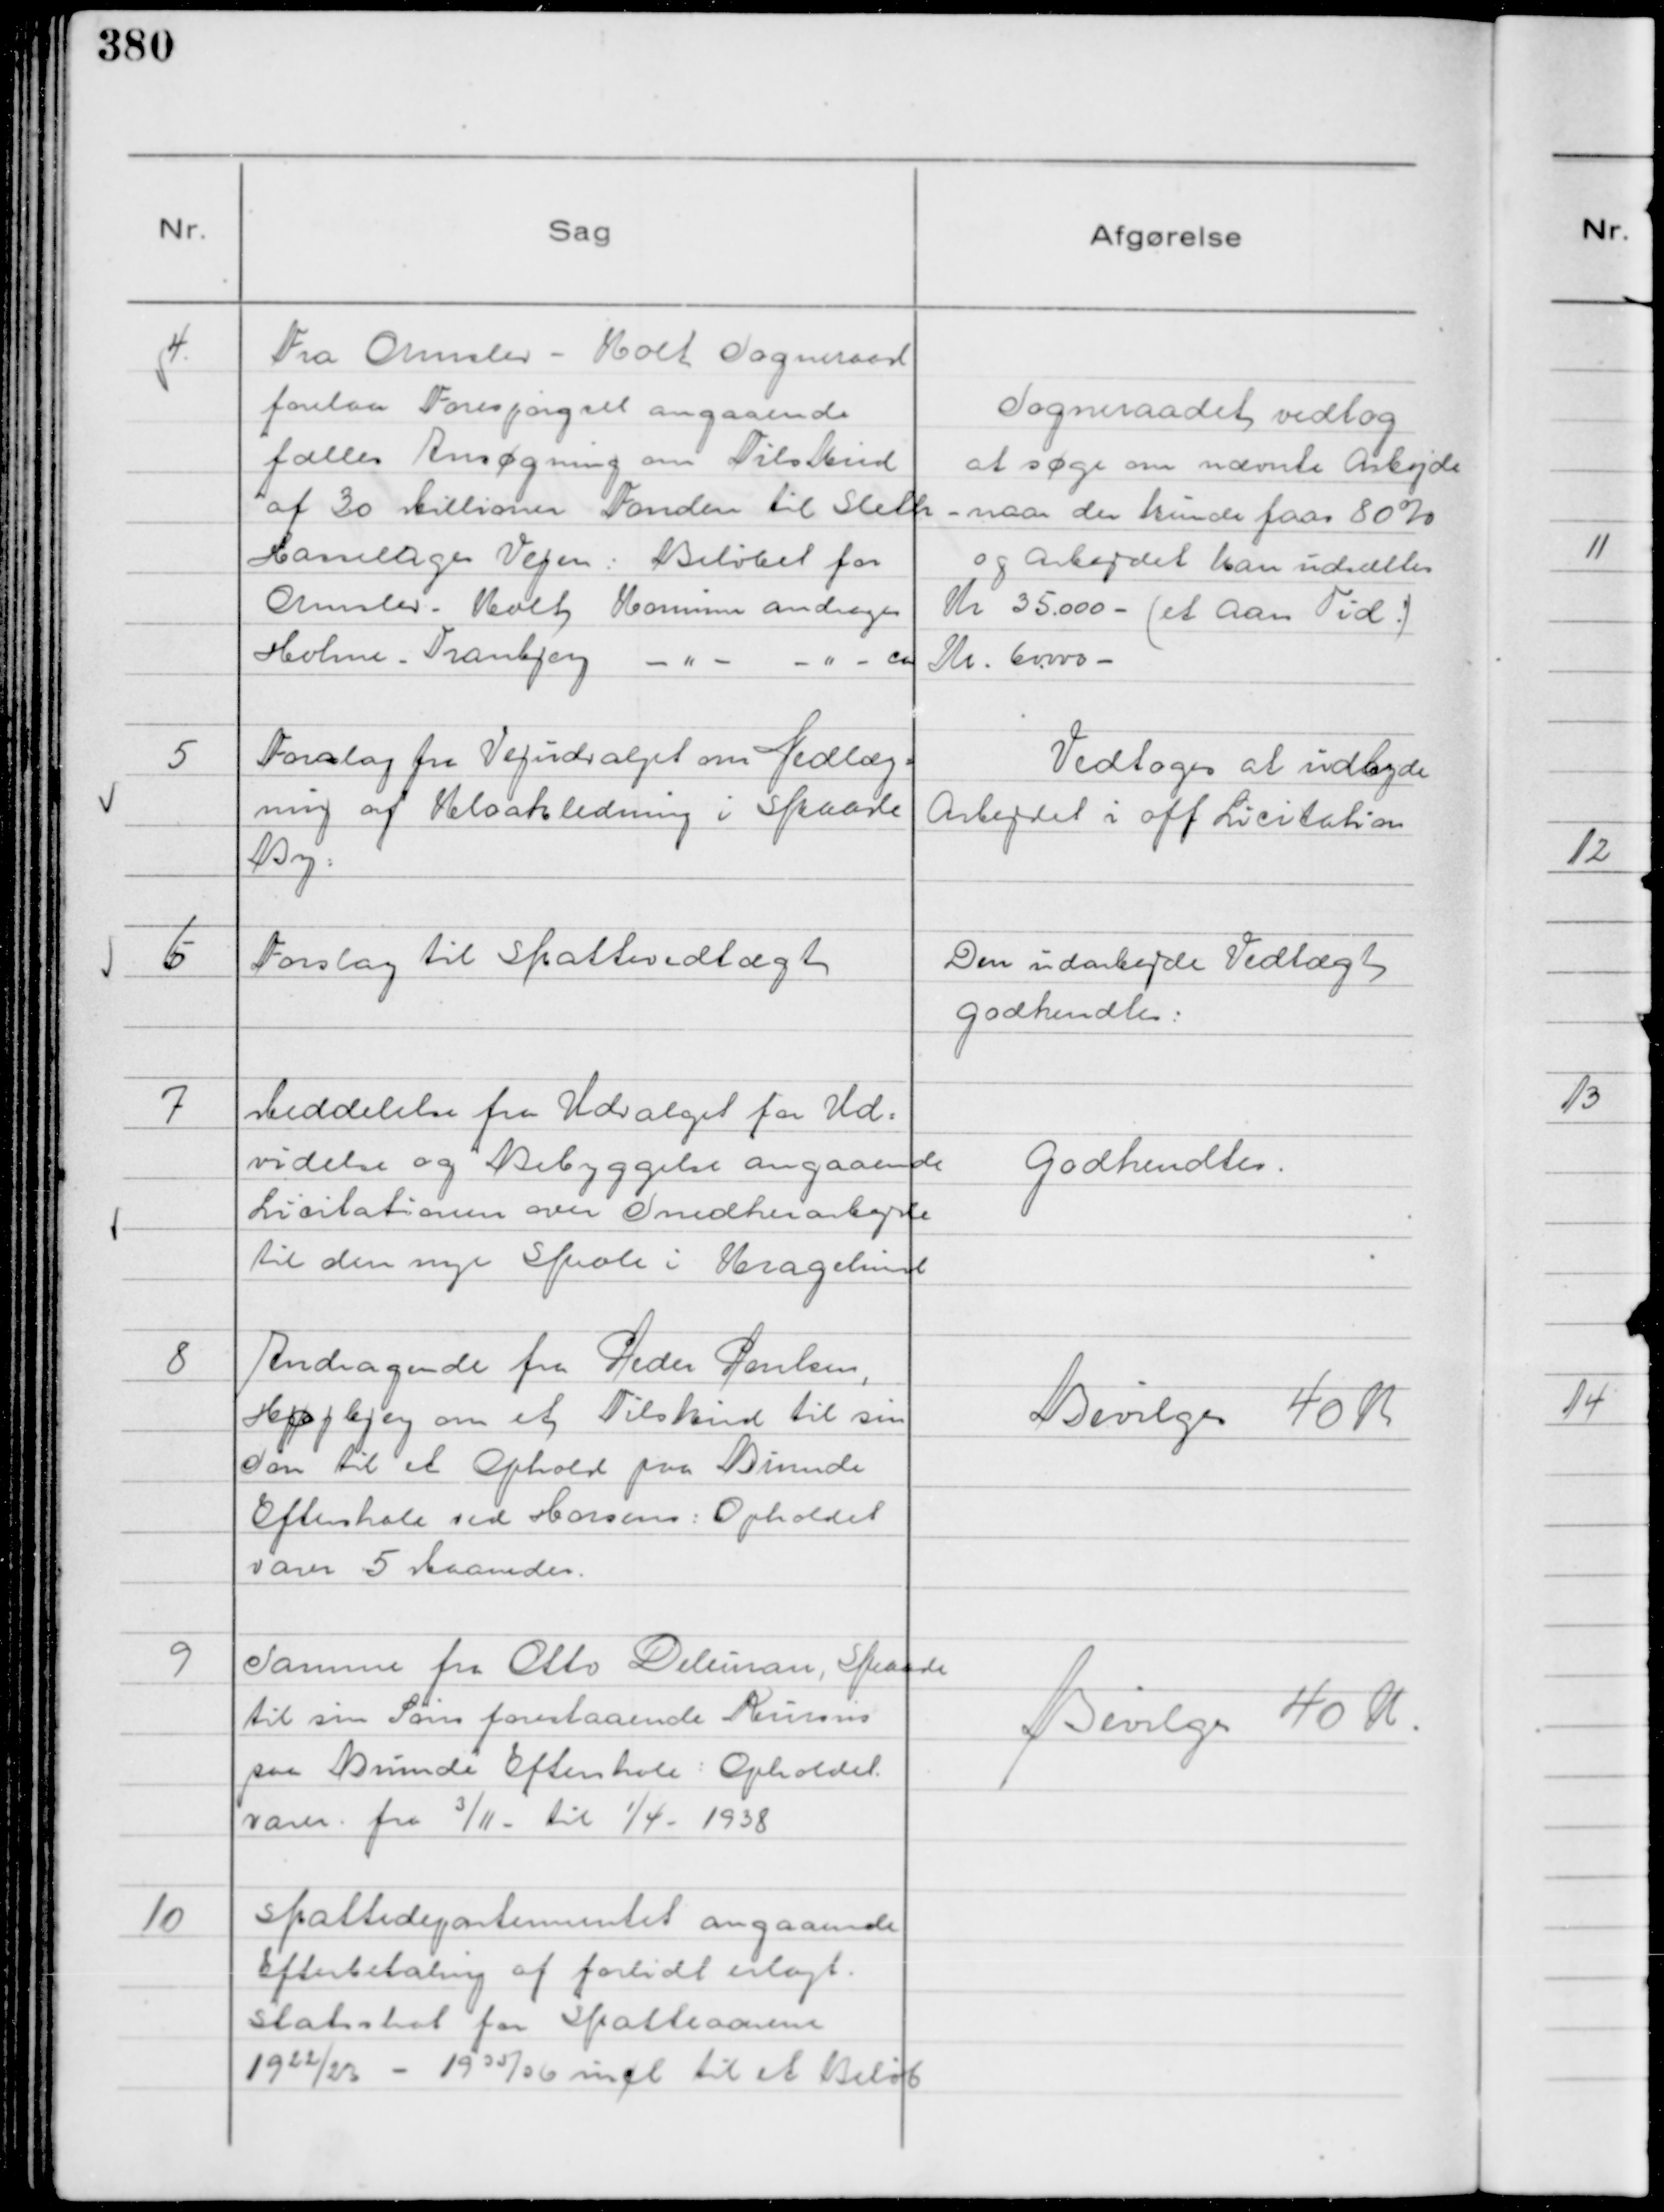
Transskription:
4.
Fra Ormslev - Kolt Sogneraad
forelaa Forespørgsel angaaende
fælles Ansøgning om Tilskud
af 30 Millioner Fonden til Sleth
Hasselager Vejen: Beløbet for
Ormslev - Kolt Komuner andrager Kr 35.000 -
Holme - Tranbjerg - " - - " - ca Kr. 60.000 -

Sogneraadet vedtog
at søge om nævnte Arbejde
- naar der kunde faas 80%
og arbejdet kan udsættes
( et Aars Tid :)

5
Forslag fra Vejudvalget om Nedlæg=
ning af Kloakledning i Skaade
By:

Vedtoges at udbyde
Arbejdet i off Licitation

6
Forslag til Skattevedtægt

Den udarbejde Vedtægt
godkendtes:

7
Meddelelse fra Udvalget for Ud=
videlse og Bebyggelse angaaende
Licitationen over Snedkerarbejde
til den nye Skole i Kragelund

Godkendtes.

8
Andragende fra Peder Poulsen,
Højbjerg om et Tilskud til sin
Søn til et Ophold paa Binnde
Efterskole ved Horsens: Opholdet
varer 5 Maaneder.

Bevilges 40 K

9
Samme fra Otto Deleuran, Skaade
til sin Søns forestaaende Kursus
paa Brunde Efterskole: Opholdet
varer fra



3/11 - til 1/4 - 1938

Bevilges 40 K

10
Skattedepartementet angaaende
Efterbetaling af forlidt erlagt .
Statsskat for Skatteaarene
1922/23 - 1935/36 incl til et Beløb